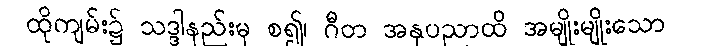
ထိုကျမ်း၌ သဒ္ဒါနည်းမှ စ၍၊ ဂီတ အနုပညာထိ အမျိုးမျိုးသော